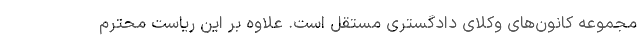
مجموعه کانون‌های وکلای دادگستری مستقل است. علاوه بر این ریاست محترم